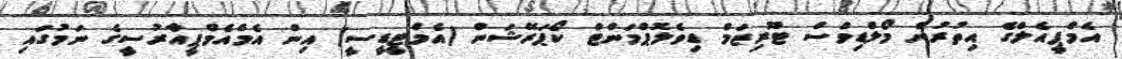
އެމްޕީއެލްގެ އިތުރުން މޯލްޑިވްސް ޓޫރިޒަމް ޑިވެލޮޕްމަންޓް ކޯޕަރޭޝަން (އެމްޓީޑީސީ) އިން އެމްއެމްޕީއާރުސީގެ ނަމުގައި